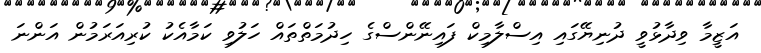
އަޒީމާ ވިދާޅުވީ ދުނިޔޭގައި އިސްލާމިކް ފައިނޭންސްގެ ހިދުމަތްތައް ހަލުވި ކަމާއެކު ކުރިއަރަމުން އަންނަ